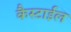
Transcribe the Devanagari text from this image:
कैस्टाईल